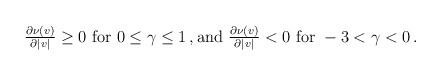
\begin{align*}\begin{aligned}\tfrac{\partial \nu (v)}{\partial |v|} \geq 0 \ \textrm{for } 0 \leq \gamma \leq 1 \,, \textrm{and } \tfrac{\partial \nu (v)}{\partial |v|} < 0 \ \textrm{for } - 3 < \gamma < 0 \,.\end{aligned}\end{align*}